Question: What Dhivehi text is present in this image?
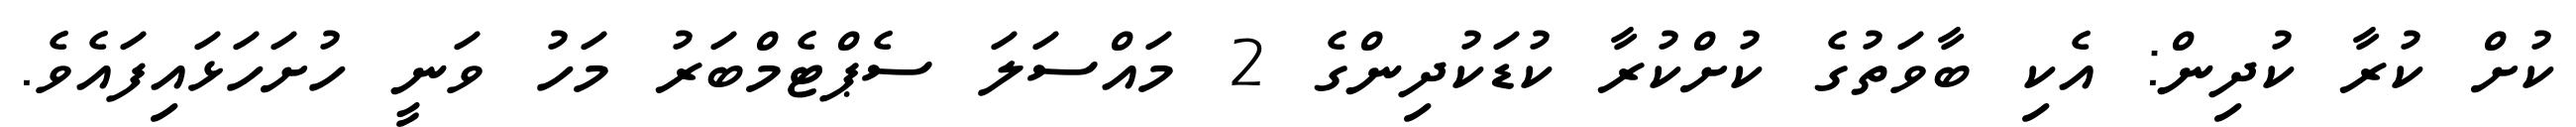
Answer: ކުށް ކުރާ ކުދިން: އެކި ބާވަތުގެ ކުށްކުރާ ކުޑަކުދިންގެ 2 މައްސަލަ ސެޕްޓެމްބަރު މަހު ވަނީ ހުށަހަޅައިފައެވެ.